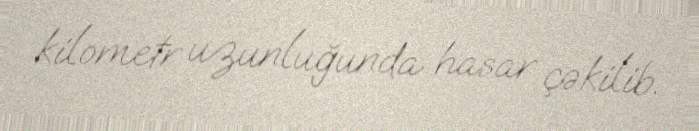
kilometr uzunluğunda hasar çəkilib.